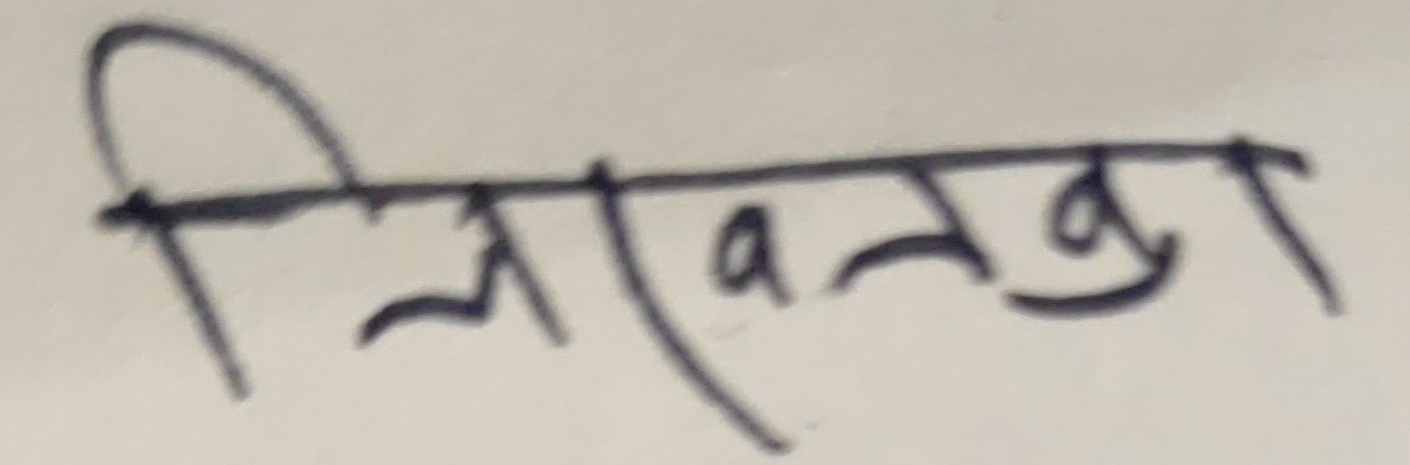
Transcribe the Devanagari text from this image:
लिखन्तका